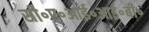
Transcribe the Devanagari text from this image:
सी॰ए॰आई॰आई॰बी॰